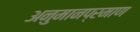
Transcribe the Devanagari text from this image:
अनुमानप्रमाण